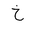
Letter: _kha